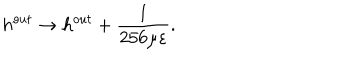
LaTeX: h ^ { o u t } \rightarrow h ^ { o u t } + \frac { 1 } { 2 5 6 \mu \varepsilon } .